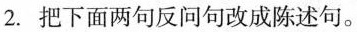
2.把下面两句反问句改成陈述句。